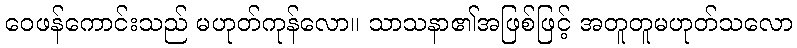
ဝေဖန်ကောင်းသည် မဟုတ်ကုန်လော။ သာသနာ၏အဖြစ်ဖြင့် အတူတူမဟုတ်သလော